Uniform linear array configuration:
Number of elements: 32
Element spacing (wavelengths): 1
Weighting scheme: cosine
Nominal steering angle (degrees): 0
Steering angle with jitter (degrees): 0.7986
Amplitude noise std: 0.05
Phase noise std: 0.05

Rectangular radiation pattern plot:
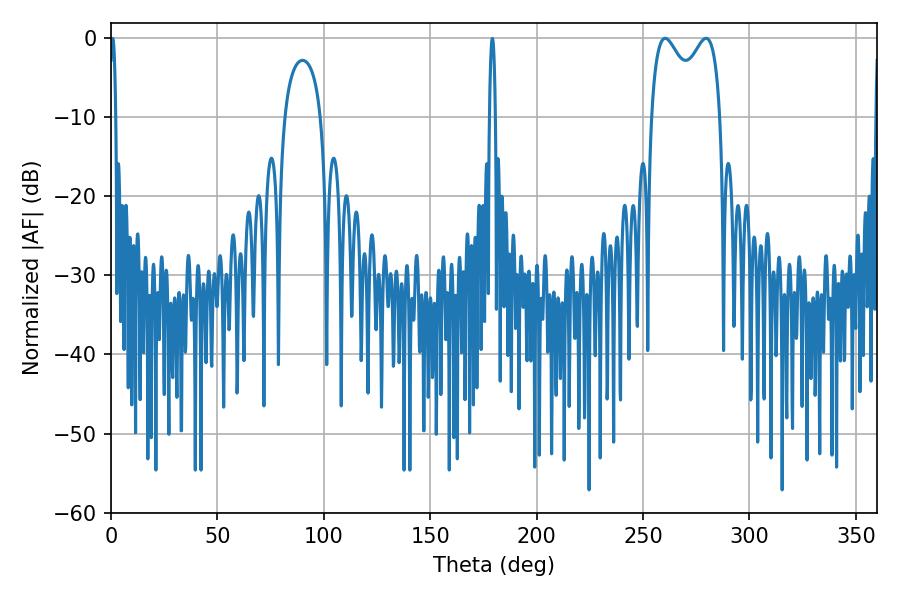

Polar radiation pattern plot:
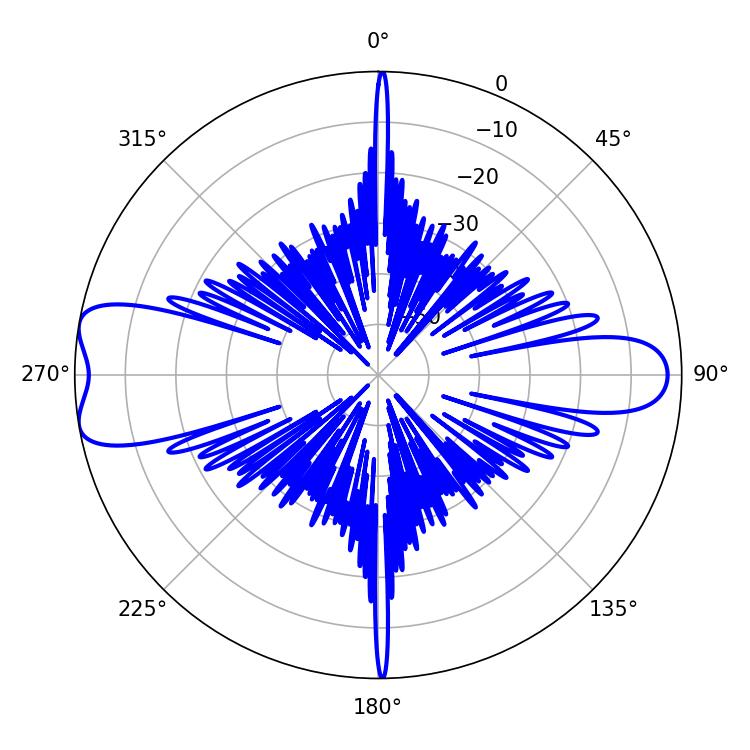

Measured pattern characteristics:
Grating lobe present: TRUE
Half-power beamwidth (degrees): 27.36
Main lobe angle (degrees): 260.46